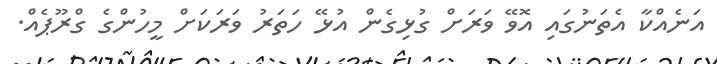
އަނެއްކާ އެތަނުގައި އޮވޭ ވަރަށް ގުޅިގެން އުޅޭ ހަތަރު ވަރަކަށް މީހުންގެ ގްރޫޕެއް.